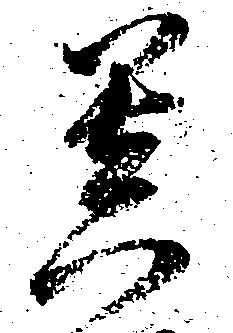
菩